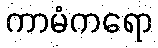
ကာမံကရော